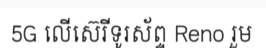
5G លើស៊េរីទូរស័ព្ទ Reno រួម